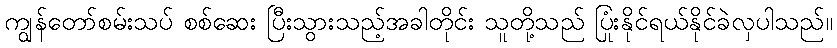
ကျွန်တော်စမ်းသပ် စစ်ဆေး ပြီးသွားသည့်အခါတိုင်း သူတို့သည် ပြုံးနိုင်ရယ်နိုင်ခဲလှပါသည်။